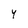
Character: 4